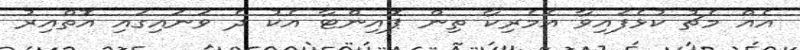
އެއް މެޗު ކުޅެފައިވާ އެމެރިކާ ތިން ޕޮއިންޓާ އެކު ދެ ވަނައިގައި އޮތްއިރު